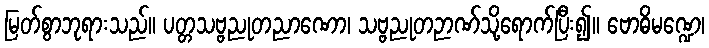
မြတ်စွာဘုရားသည်။ ပတ္တသဗ္ဗညုတညာဏော၊ သဗ္ဗညုတဉာဏ်သို့ရောက်ပြီး၍။ ဗောဓိမဏ္ဍေ၊